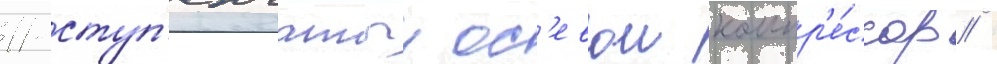
11-ступ'енчатыи ос'евои компр'е́ссор /